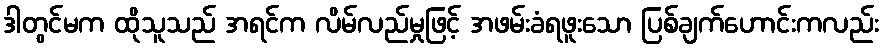
ဒါတွင်မက ထိုသူသည် အရင်က လိမ်လည်မှုဖြင့် အဖမ်းခံရဖူးသော ပြစ်ချက်ဟောင်းကလည်း